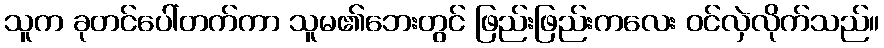
သူက ခုတင်ပေါ်တက်ကာ သူမ၏ဘေးတွင် ဖြည်းဖြည်းကလေး ဝင်လှဲလိုက်သည်။